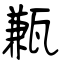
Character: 甉